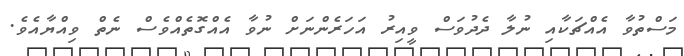
މަސްތުވާ އެއްޗަކާއި ނުލާ ދެދުވަސް ވީއިރު އަހަރެންނަށް ނުވާ އެއްގޮތެއްވެސް ނެތް ވިއްޔާއެވެ.